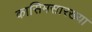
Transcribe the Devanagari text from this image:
कासिमसारख्या